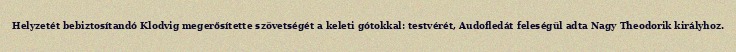
Helyzetét bebiztosítandó Klodvig megerősítette szövetségét a keleti gótokkal: testvérét, Audofledát feleségül adta Nagy Theodorik királyhoz.